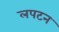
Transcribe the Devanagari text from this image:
लपटन